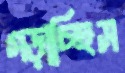
গড়াচ্ছিস